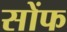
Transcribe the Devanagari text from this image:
सोंफ